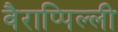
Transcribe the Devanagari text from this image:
वैराप्पिल्ली